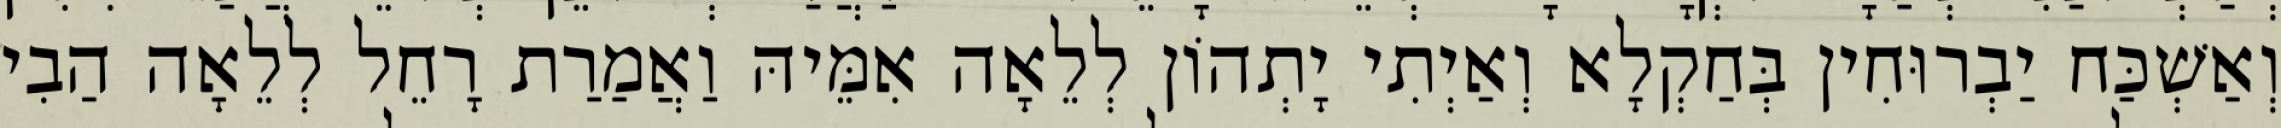
וְאַשְׁכַּח יַבְרוּחִין בְּחַקְלָא וְאַיְתִי יָתְהוֹן לְלֵאָה אִמֵּיהּ וַאֲמַרַת רָחֵל לְלֵאָה הַבִי